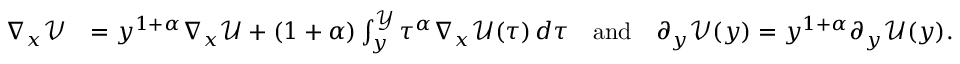
\begin{array} { r l } { \nabla _ { x } \mathcal { V } } & { = y ^ { 1 + \alpha } \nabla _ { x } \mathcal { U } + ( 1 + \alpha ) \int _ { y } ^ { \mathcal { Y } } { \tau ^ { \alpha } \nabla _ { x } \mathcal { U } ( \tau ) \, d \tau } \quad \mathrm { a n d } \quad \partial _ { y } \mathcal { V } ( y ) = y ^ { 1 + \alpha } \partial _ { y } \mathcal { U } ( y ) . } \end{array}